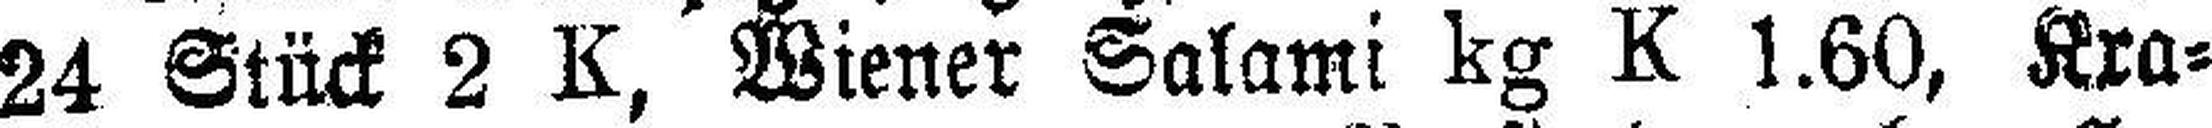
24 Stück 2 K, Wiener Salami kg K 1.60, Kra¬